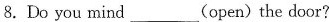
8.Do you mind___(open)the door?